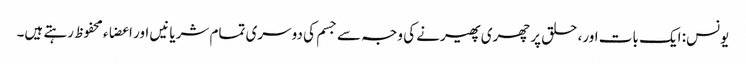
یونس: ایک بات اور، حلق پر چھری پھیرنے کی وجہ سے جسم کی دوسری تمام شریانیں اور اعضاء محفوظ رہتے ہیں۔